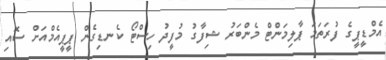
އެމްޑީޕީގެ ފުރަތަމަ ޕާލިމަންޓް މެންބަރު ޝިފާގު މުފީދު ހިސްޓޯ ކެނޑިގެން ޕީޕީއެމްއަށް ސޮއި